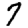
Digit: 7